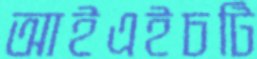
আইএইচটি